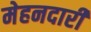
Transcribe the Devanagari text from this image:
मेहनदारी